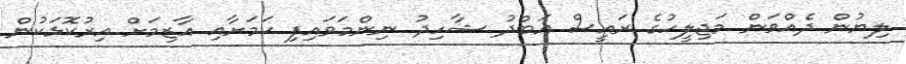
ލިޔުން ދެއްވަން މަޖިލީހުގެ ރައީސް އަބްދު ޝާހިދު ނިންމަވައިފި ކަމަށާއި އާޒިމަށް އިރުކޮޅަކުން